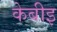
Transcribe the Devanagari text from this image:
केबीइ